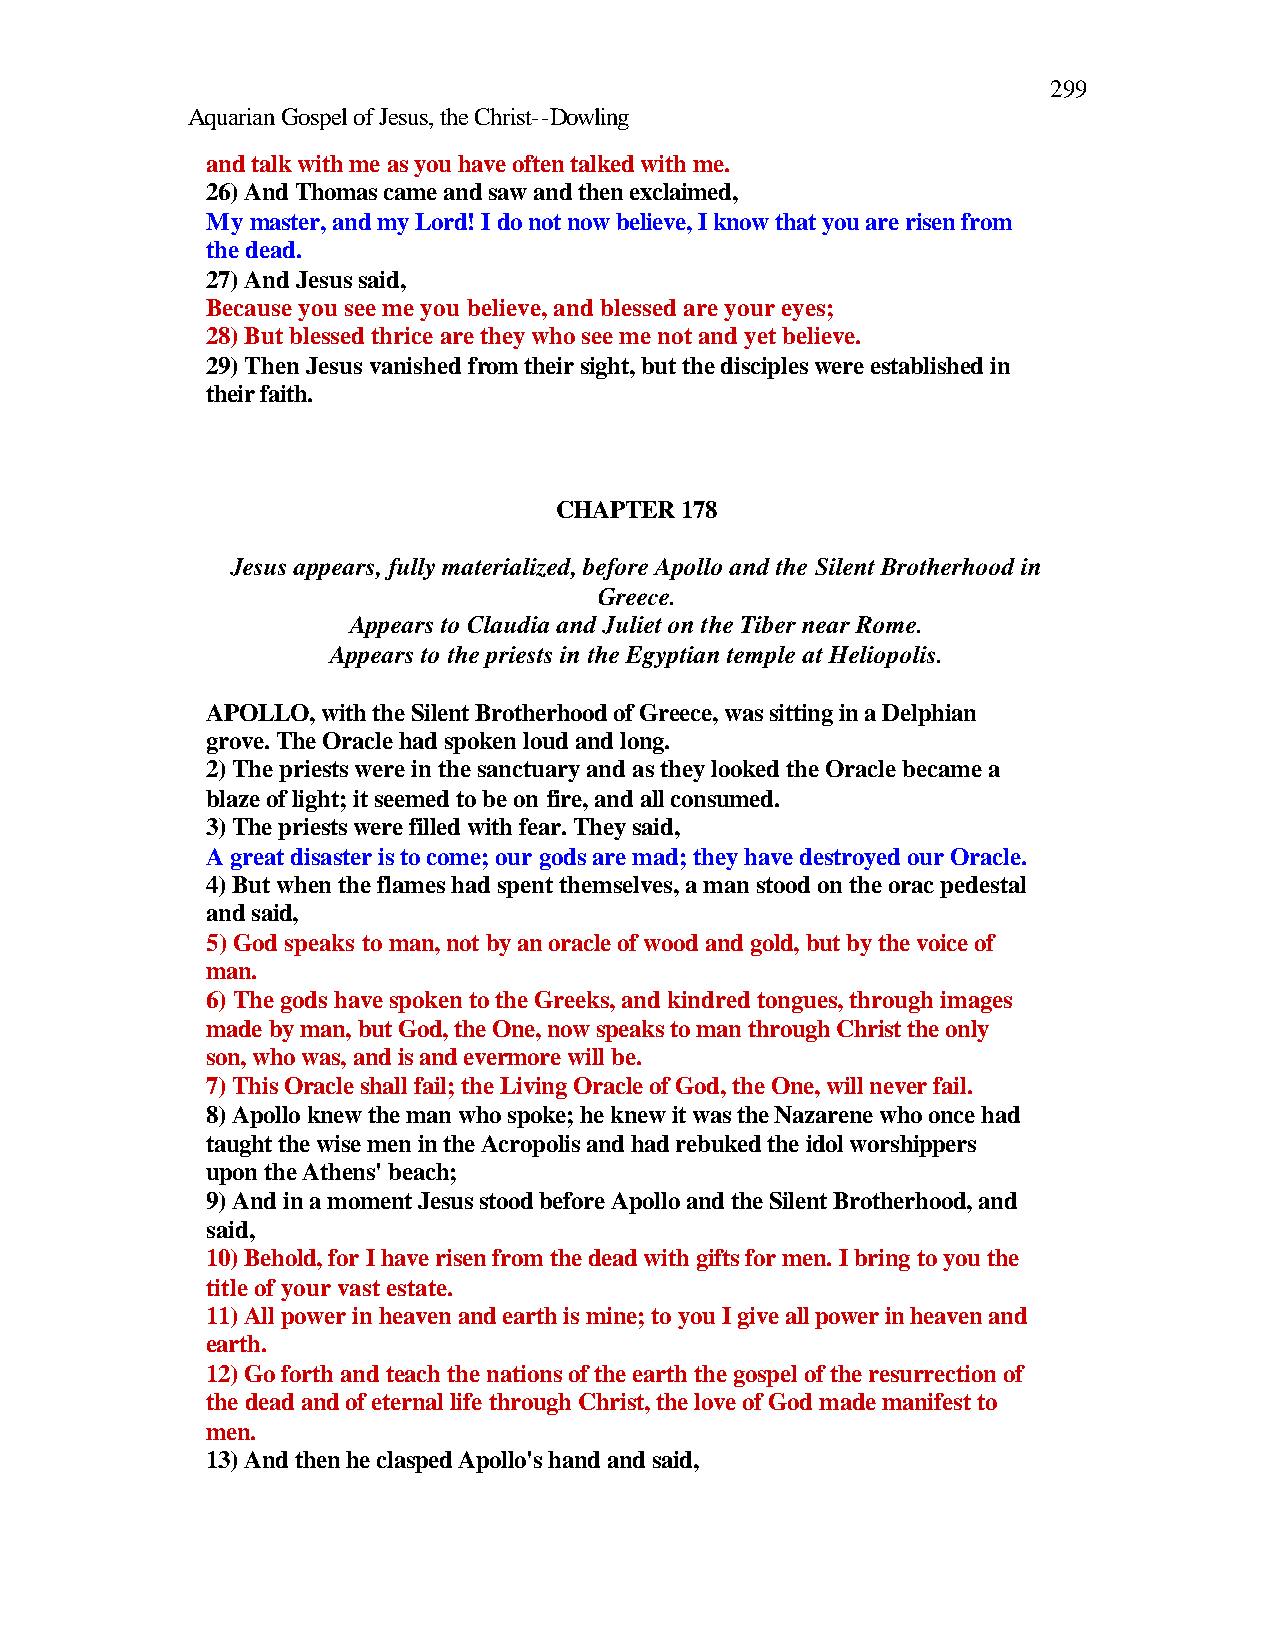
299
 Aquarian Gospel of Jesus, the Christ--Dowling
 and talk with me as you have often talked with me.
 26) And Thomas came and saw and then exclaimed,
 My master, and my Lord! I do not now believe, I know that you are risen from
 the dead.
 27) And Jesus said,
 Because you see me you believe, and blessed are your eyes;
 28) But blessed thrice are they who see me not and yet believe.
 29) Then Jesus vanished from their sight, but the disciples were established in
 their faith.
 CHAPTER 178
 Jesus appears, fully materialized, before Apollo and the Silent Brotherhood in
 Greece.
 Appears to Claudia and Juliet on the Tiber near Rome.
 Appears to the priests in the Egyptian temple at Heliopolis.
 APOLLO, with the Silent Brotherhood of Greece, was sitting in a Delphian
 grove. The Oracle had spoken loud and long.
 2) The priests were in the sanctuary and as they looked the Oracle became a
 blaze of light; it seemed to be on fire, and all consumed.
 3) The priests were filled with fear. They said,
 A great disaster is to come; our gods are mad; they have destroyed our Oracle.
 4) But when the flames had spent themselves, a man stood on the orac pedestal
 and said,
 5) God speaks to man, not by an oracle of wood and gold, but by the voice of
 man.
 6) The gods have spoken to the Greeks, and kindred tongues, through images
 made by man, but God, the One, now speaks to man through Christ the only
 son, who was, and is and evermore will be.
 7) This Oracle shall fail; the Living Oracle of God, the One, will never fail.
 8) Apollo knew the man who spoke; he knew it was the Nazarene who once had
 taught the wise men in the Acropolis and had rebuked the idol worshippers
 upon the Athens' beach;
 9) And in a moment Jesus stood before Apollo and the Silent Brotherhood, and
 said,
 10) Behold, for I have risen from the dead with gifts for men. I bring to you the
 title of your vast estate.
 11) All power in heaven and earth is mine; to you I give all power in heaven and
 earth.
 12) Go forth and teach the nations of the earth the gospel of the resurrection of
 the dead and of eternal life through Christ, the love of God made manifest to
 men.
 13) And then he clasped Apollo's hand and said,